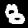
Digit: 8